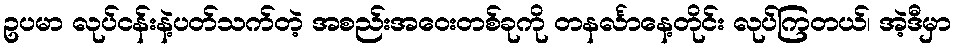
ဥပမာ လုပ်ငန်းနဲ့ပတ်သက်တဲ့ အစည်းအဝေးတစ်ခုကို တနင်္လာနေ့တိုင်း လုပ်ကြတယ်၊ အဲ့ဒီမှာ